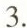
3.